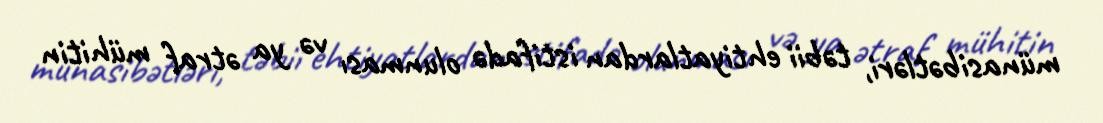
münasibətləri, təbii ehtiyatlardan istifadə olunması və ya ətraf mühitin